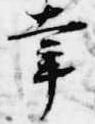
幸